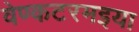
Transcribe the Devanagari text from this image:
वेण्कटरमइया